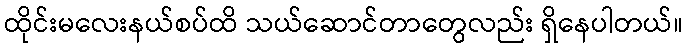
ထိုင်းမလေးနယ်စပ်ထိ သယ်ဆောင်တာတွေလည်း ရှိနေပါတယ်။